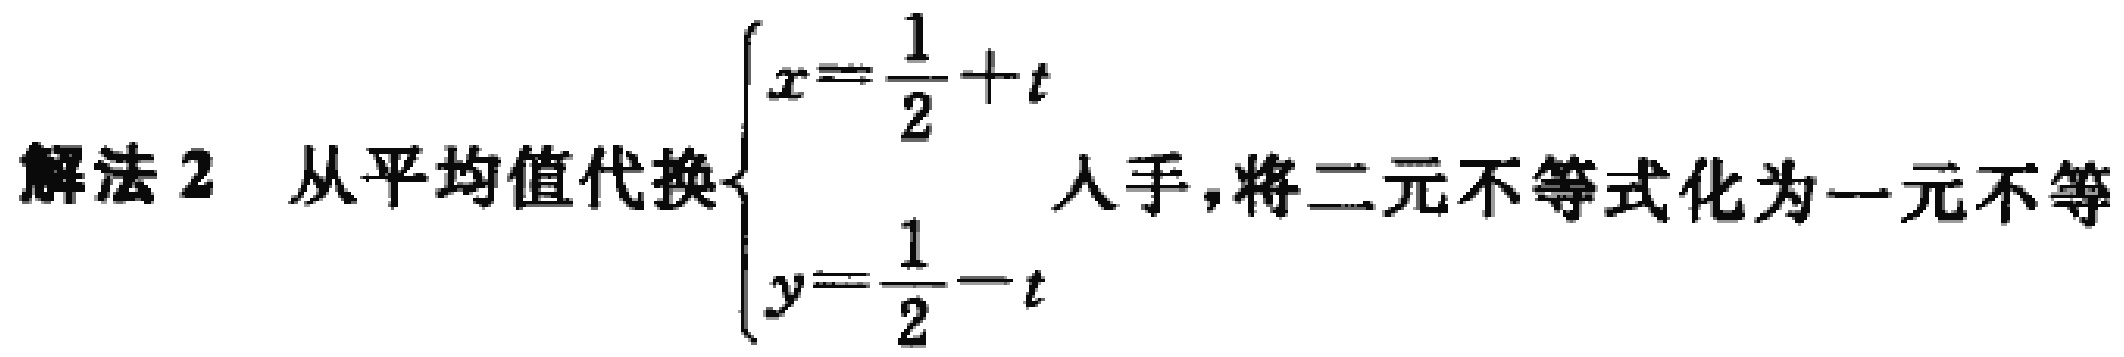
解法 2 从平均值代换$\begin{cases}x = \dfrac{1}{2}+t\\y = \dfrac{1}{2}-t\end{cases}$入手，将二元不等式化为一元不等